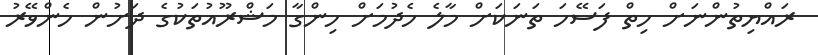
ރައްޔިތުންނަށް ހިތް ފަސޭހަ ތަނަކަށް މާލެ ހެދުމަށް ހިންގާ މަޝްރޫއުތަކުގެ ދަށުން ހެންވޭރު